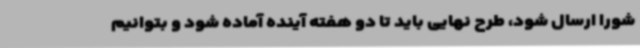
شورا ارسال شود، طرح نهایی باید تا دو هفته آینده آماده شود و بتوانیم